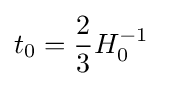
t_{0}={\frac {2}{3}}H_{0}^{-1}~